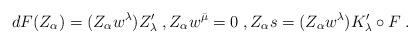
LaTeX: \begin{align*}dF(Z_\alpha) = (Z_\alpha w^\lambda)Z'_\lambda \;, Z_\alpha w^{\bar\mu}=0 \;, Z_\alpha s=(Z_\alpha w^\lambda)K'_\lambda\circ F \;.\end{align*}